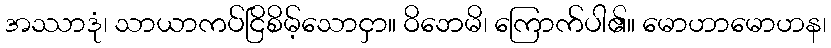
အဿာဒုံ၊ သာယာကပ်ငြိစိမ့်သောငှာ။ ဝိဘေမိ၊ ကြောက်ပါ၏။ မောဟာမောဟန၊